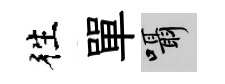
徃單囁